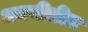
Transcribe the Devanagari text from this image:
धमनीतील